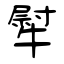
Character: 犚